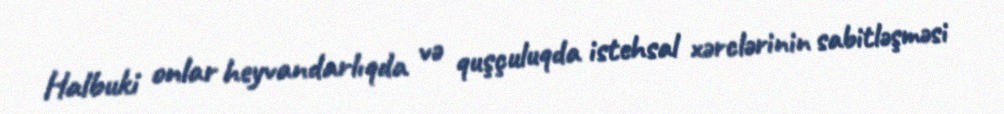
Halbuki onlar heyvandarlıqda və quşçuluqda istehsal xərclərinin sabitləşməsi